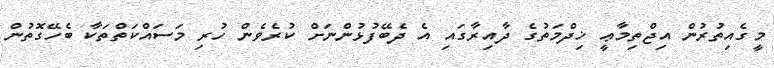
މީގެއިތުރުން އިޖްތިމާޢީ ޚިދްމަތުގެ ދާއިރާގައި އެ ދެބޭފުޅުންނަށް ކުރެވެން ހުރި މަސައްކަތްތަކާ ބެހޭގޮތުން